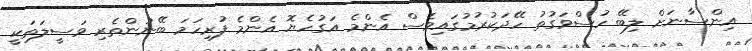
އިންސާނަށް ލިބޭ ހުސްވަގުތު ހޭދަކުރުމުގައިވެސް އެންމެ އަގުހެޔޮ އެންމެ ފުރިހަމަ ބޭނުންތެރި ވަސީލަތަކީ